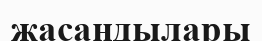
жасандылары